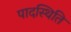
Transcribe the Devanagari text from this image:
पादस्थिति